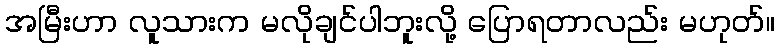
အမြီးဟာ လူသားက မလိုချင်ပါဘူးလို့ ပြောရတာလည်း မဟုတ်။